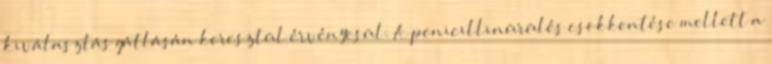
kiválasztás gátlásán keresztül érvényesül. A penicillinürülés csökkentése mellett a